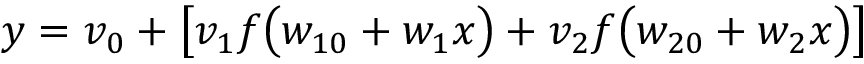
y = v _ { 0 } + \left[ v _ { 1 } f \big ( w _ { 1 0 } + w _ { 1 } x \big ) + v _ { 2 } f \big ( w _ { 2 0 } + w _ { 2 } x \big ) \right]